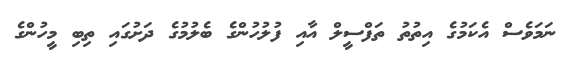
ނަމަވެސް އެކަމުގެ އިތުތު ތަފްސީލް އާއި ފުލުހުންގެ ބެލުމުގެ ދަށުގައި ތިބި މީހުންގެ